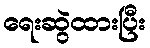
ရေးဆွဲထားပြီး